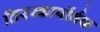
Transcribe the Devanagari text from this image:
तिरस्कार्पोर्वक